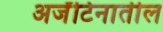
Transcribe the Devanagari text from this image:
अर्जेंटिनातील